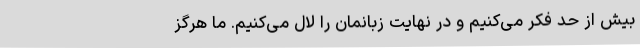
بیش از حد فکر می‌کنیم و در نهایت زبانمان را لال می‌کنیم. ما هرگز